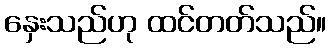
နှေးသည်ဟု ထင်တတ်သည်။